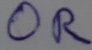
Text: OR